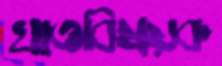
খাতবিষয়ক